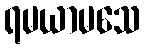
ရမယာမသေ